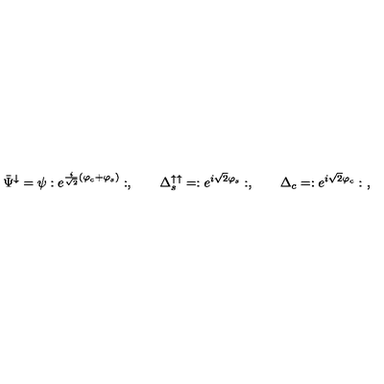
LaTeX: \bar { \Psi } ^ { \downarrow } = \psi : e ^ { \frac { i } { \sqrt { 2 } } ( \varphi _ { c } + \varphi _ { s } ) } : , \qquad \Delta _ { s } ^ { \uparrow \uparrow } = : e ^ { i \sqrt { 2 } \varphi _ { s } } : , \qquad \Delta _ { c } = : e ^ { i \sqrt { 2 } \varphi _ { c } } : \ ,